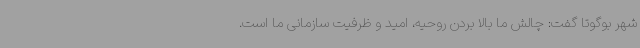
شهر بوگوتا گفت: چالش ما بالا بردن روحیه، امید و ظرفیت سازمانی ما است.